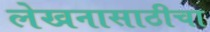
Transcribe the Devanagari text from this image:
लेखनासाठीचा